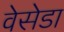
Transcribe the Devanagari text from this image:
वेसेडा